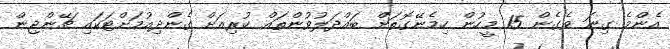
އެންމެ ގިނަ ވެގެން 15 މީހުން ހިމެނޭގޮތަށް ބައްދަލުވުންތައް ކުރިއަށް ގެންދިއުމަށްޓަކައި ޗޭންޖިން